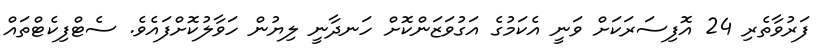
ފަރުވާތެރި 24 އޮފިސަރަކަށް ވަނީ އެކަމުގެ އަގުވަޒަންކޮށް ހަނދާނީ ލިޔުން ހަވާލުކޮށްފައެވެ. ސެޓްފިކެޓްތައް